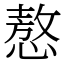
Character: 㥿